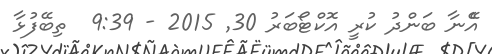
އެޭނާ ބަންދު ކުރީ އޮކްޓޯބަރު 30